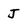
Character: J